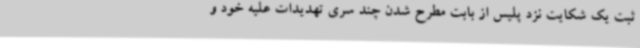
ثبت یک شکایت نزد پلیس از بابت مطرح شدن چند سری تهدیدات علیه خود و